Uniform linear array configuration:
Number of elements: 64
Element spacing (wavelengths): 0.25
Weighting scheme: hamming
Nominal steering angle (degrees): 60
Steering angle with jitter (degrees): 60.392
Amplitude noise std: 0.05
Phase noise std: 0.05

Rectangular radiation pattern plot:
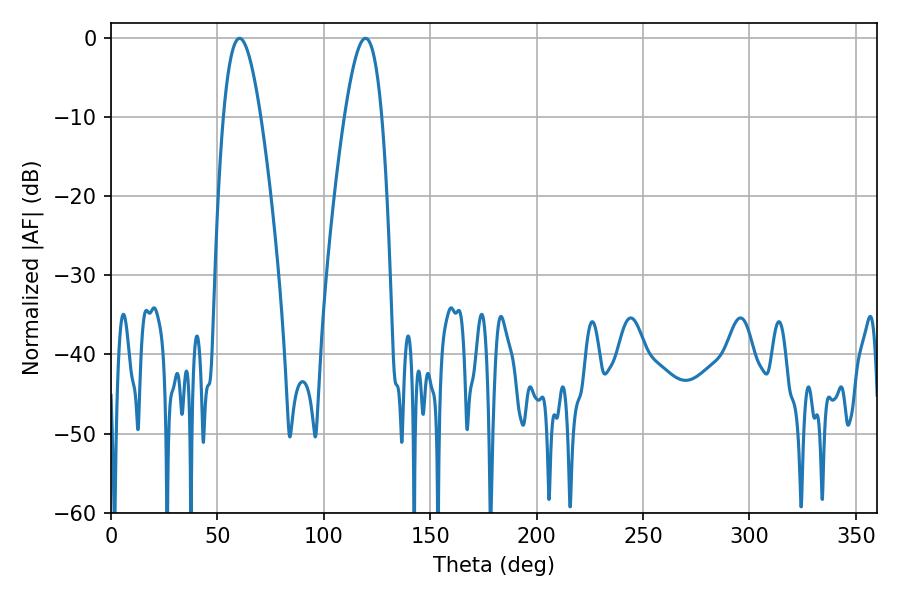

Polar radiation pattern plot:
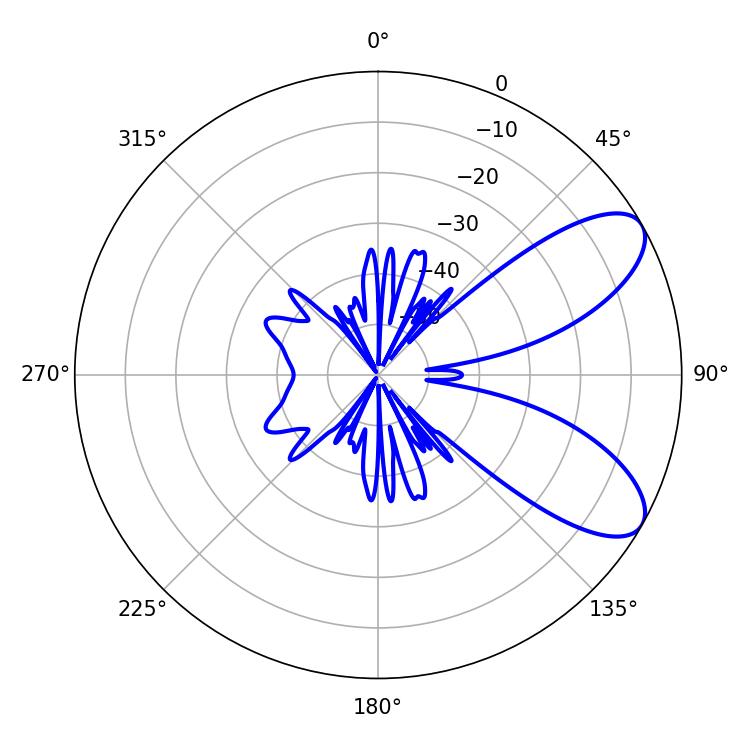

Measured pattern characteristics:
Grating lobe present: FALSE
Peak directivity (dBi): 8.03
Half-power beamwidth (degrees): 9.54
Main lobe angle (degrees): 60.48